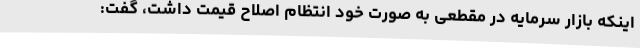
اینکه بازار سرمایه در مقطعی به صورت خود انتظام اصلاح قیمت داشت، گفت: